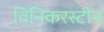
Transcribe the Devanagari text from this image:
विनिकरस्टीन